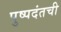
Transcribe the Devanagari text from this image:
पुष्पदंतची